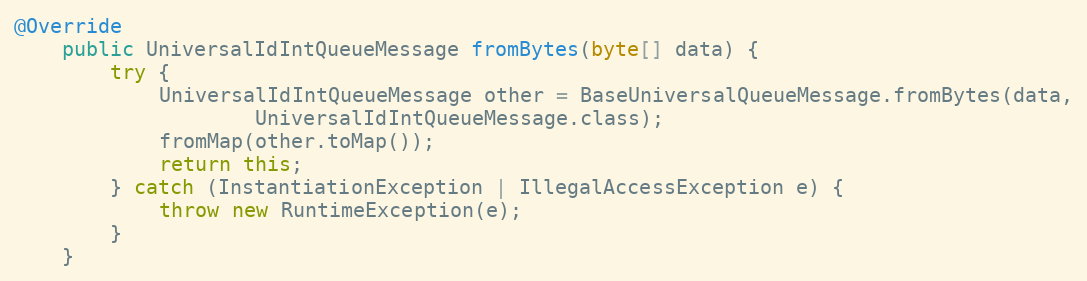
Language: Java
@Override
    public UniversalIdIntQueueMessage fromBytes(byte[] data) {
        try {
            UniversalIdIntQueueMessage other = BaseUniversalQueueMessage.fromBytes(data,
                    UniversalIdIntQueueMessage.class);
            fromMap(other.toMap());
            return this;
        } catch (InstantiationException | IllegalAccessException e) {
            throw new RuntimeException(e);
        }
    }